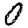
Digit: 0